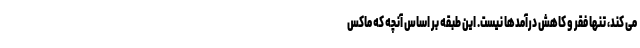
می کند، تنها فقر و کاهش درآمدها نیست. این طبقه بر اساس آنچه که ماکس